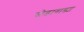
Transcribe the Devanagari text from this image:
घोडागाड्या